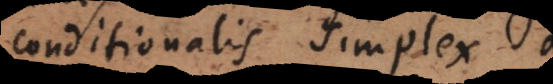
conditionalis simplex